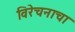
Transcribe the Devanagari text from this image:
विरेचनाचा